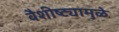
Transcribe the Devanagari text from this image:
वैशीष्ट्यामुळे